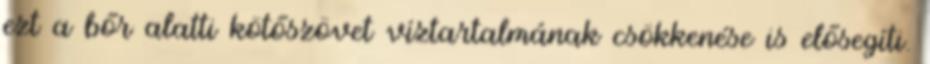
ezt a bőr alatti kötőszövet víztartalmának csökkenése is elősegíti.